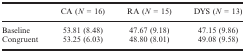
<table><thead><tr><td></td><td><b>CA (<i>N</i> = 16)</b></td><td><b>RA (<i>N</i> = 15)</b></td><td><b>DYS (<i>N</i> = 13)</b></td></tr></thead><tbody><tr><td>Baseline</td><td>53.81 (8.48)</td><td>47.67 (9.18)</td><td>47.15 (9.86)</td></tr><tr><td>Congruent</td><td>53.25 (6.03)</td><td>48.80 (8.01)</td><td>49.08 (9.58)</td></tr></tbody></table>